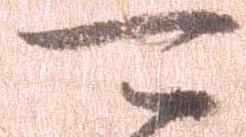
可